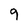
Character: 9